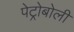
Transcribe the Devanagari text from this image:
पेट्रोबोली